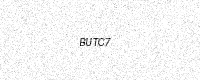
Text: BUTC7